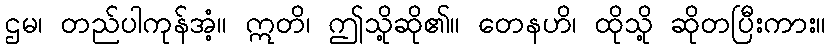
ဌမ၊ တည်ပါကုန်အံ့။ ဣတိ၊ ဤသို့ဆို၏။ တေနဟိ၊ ထိုသို့ ဆိုတပြီးကား။